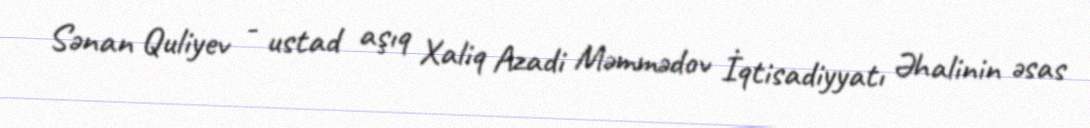
Sənan Quliyev - ustad aşıq Xaliq Azadi Məmmədov İqtisadiyyatı Əhalinin əsas